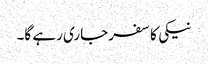
نیکی کا سفر جاری رہے گا۔